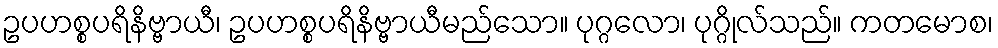
ဥပဟစ္စပရိနိဗ္ဗာယီ၊ ဥပဟစ္စပရိနိဗ္ဗာယီမည်သော။ ပုဂ္ဂလော၊ ပုဂ္ဂိုလ်သည်။ ကတမောစ၊